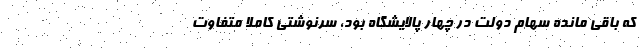
که باقی مانده سهام دولت در چهار پالایشگاه بود، سرنوشتی کاملا متفاوت